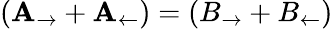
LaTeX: (\mathbf{A}_{\rightarrow}+\mathbf{A}_{\leftarrow})=(B_{\rightarrow}+B_{\leftarrow})